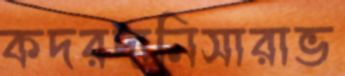
কদরদানিসারাভ